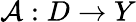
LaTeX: \mathcal{A}:D\to Y